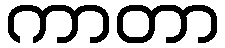
ကာတာ